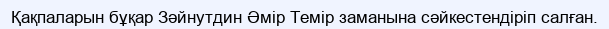
Қақпаларын бұқар Зәйнутдин Әмір Темір заманына сәйкестендіріп салған.